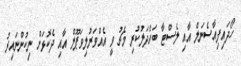
ހޯދައިފިއާސެނަލް އާއި ލެސްޓާ ބައްދަލުކުރި މެޗު ވީ އެއްވަރުލިވަޕޫލް އާއި ދެކޮޅަށް ނިކުންނައިރު